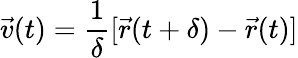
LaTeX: \vec{v}(t)=\frac{1}{\delta}[\vec{r}(t+\delta)-\vec{r}(t)]